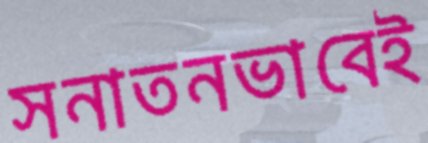
সনাতনভাবেই